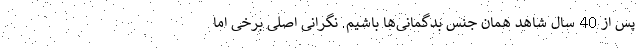
پس از 40 سال شاهد همان جنس بدگمانی‌ها باشیم. نگرانی اصلی برخی اما